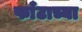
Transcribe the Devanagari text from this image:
फाँटाच्या